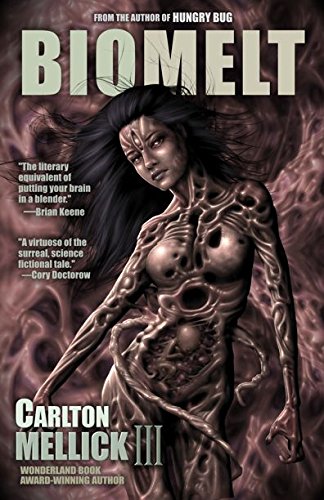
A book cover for Bio Melt; Carlton Mellick III; Science Fiction & Fantasy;